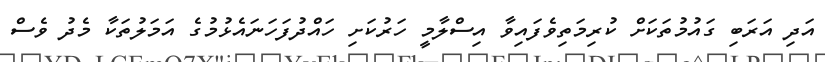
އަދި އަރަބި ގައުމުތަކަށް ކުރިމަތިވެފައިވާ އިސްލާމީ ހަރުކަށި ހައްދުފަހަނައެޅުމުގެ އަމަލުތަކާ މެދު ވެސް